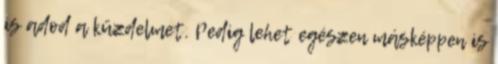
is adod a küzdelmet. Pedig lehet egészen másképpen is